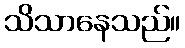
သိသာနေသည်။